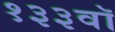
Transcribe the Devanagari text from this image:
१३३वॉ